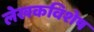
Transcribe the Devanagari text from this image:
लेखकविशेष